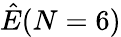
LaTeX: \hat{E}(N=6)